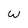
Character: w